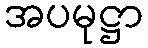
အပမုဋ္ဌာ